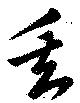
矢